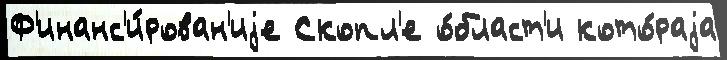
Ф'инанс'и́рован'иjе Скопл'е о́бласт'и кото́раjа